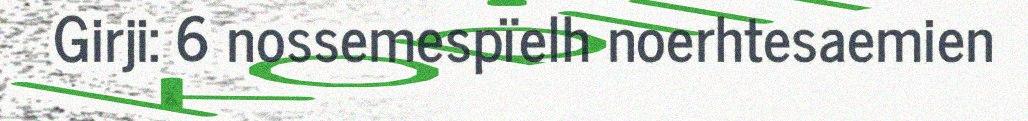
Girji: 6 nossemespïelh noerhtesaemien